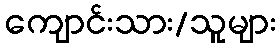
ကျောင်းသား/သူများ